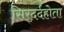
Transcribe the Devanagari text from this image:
सिरदर्दहोता